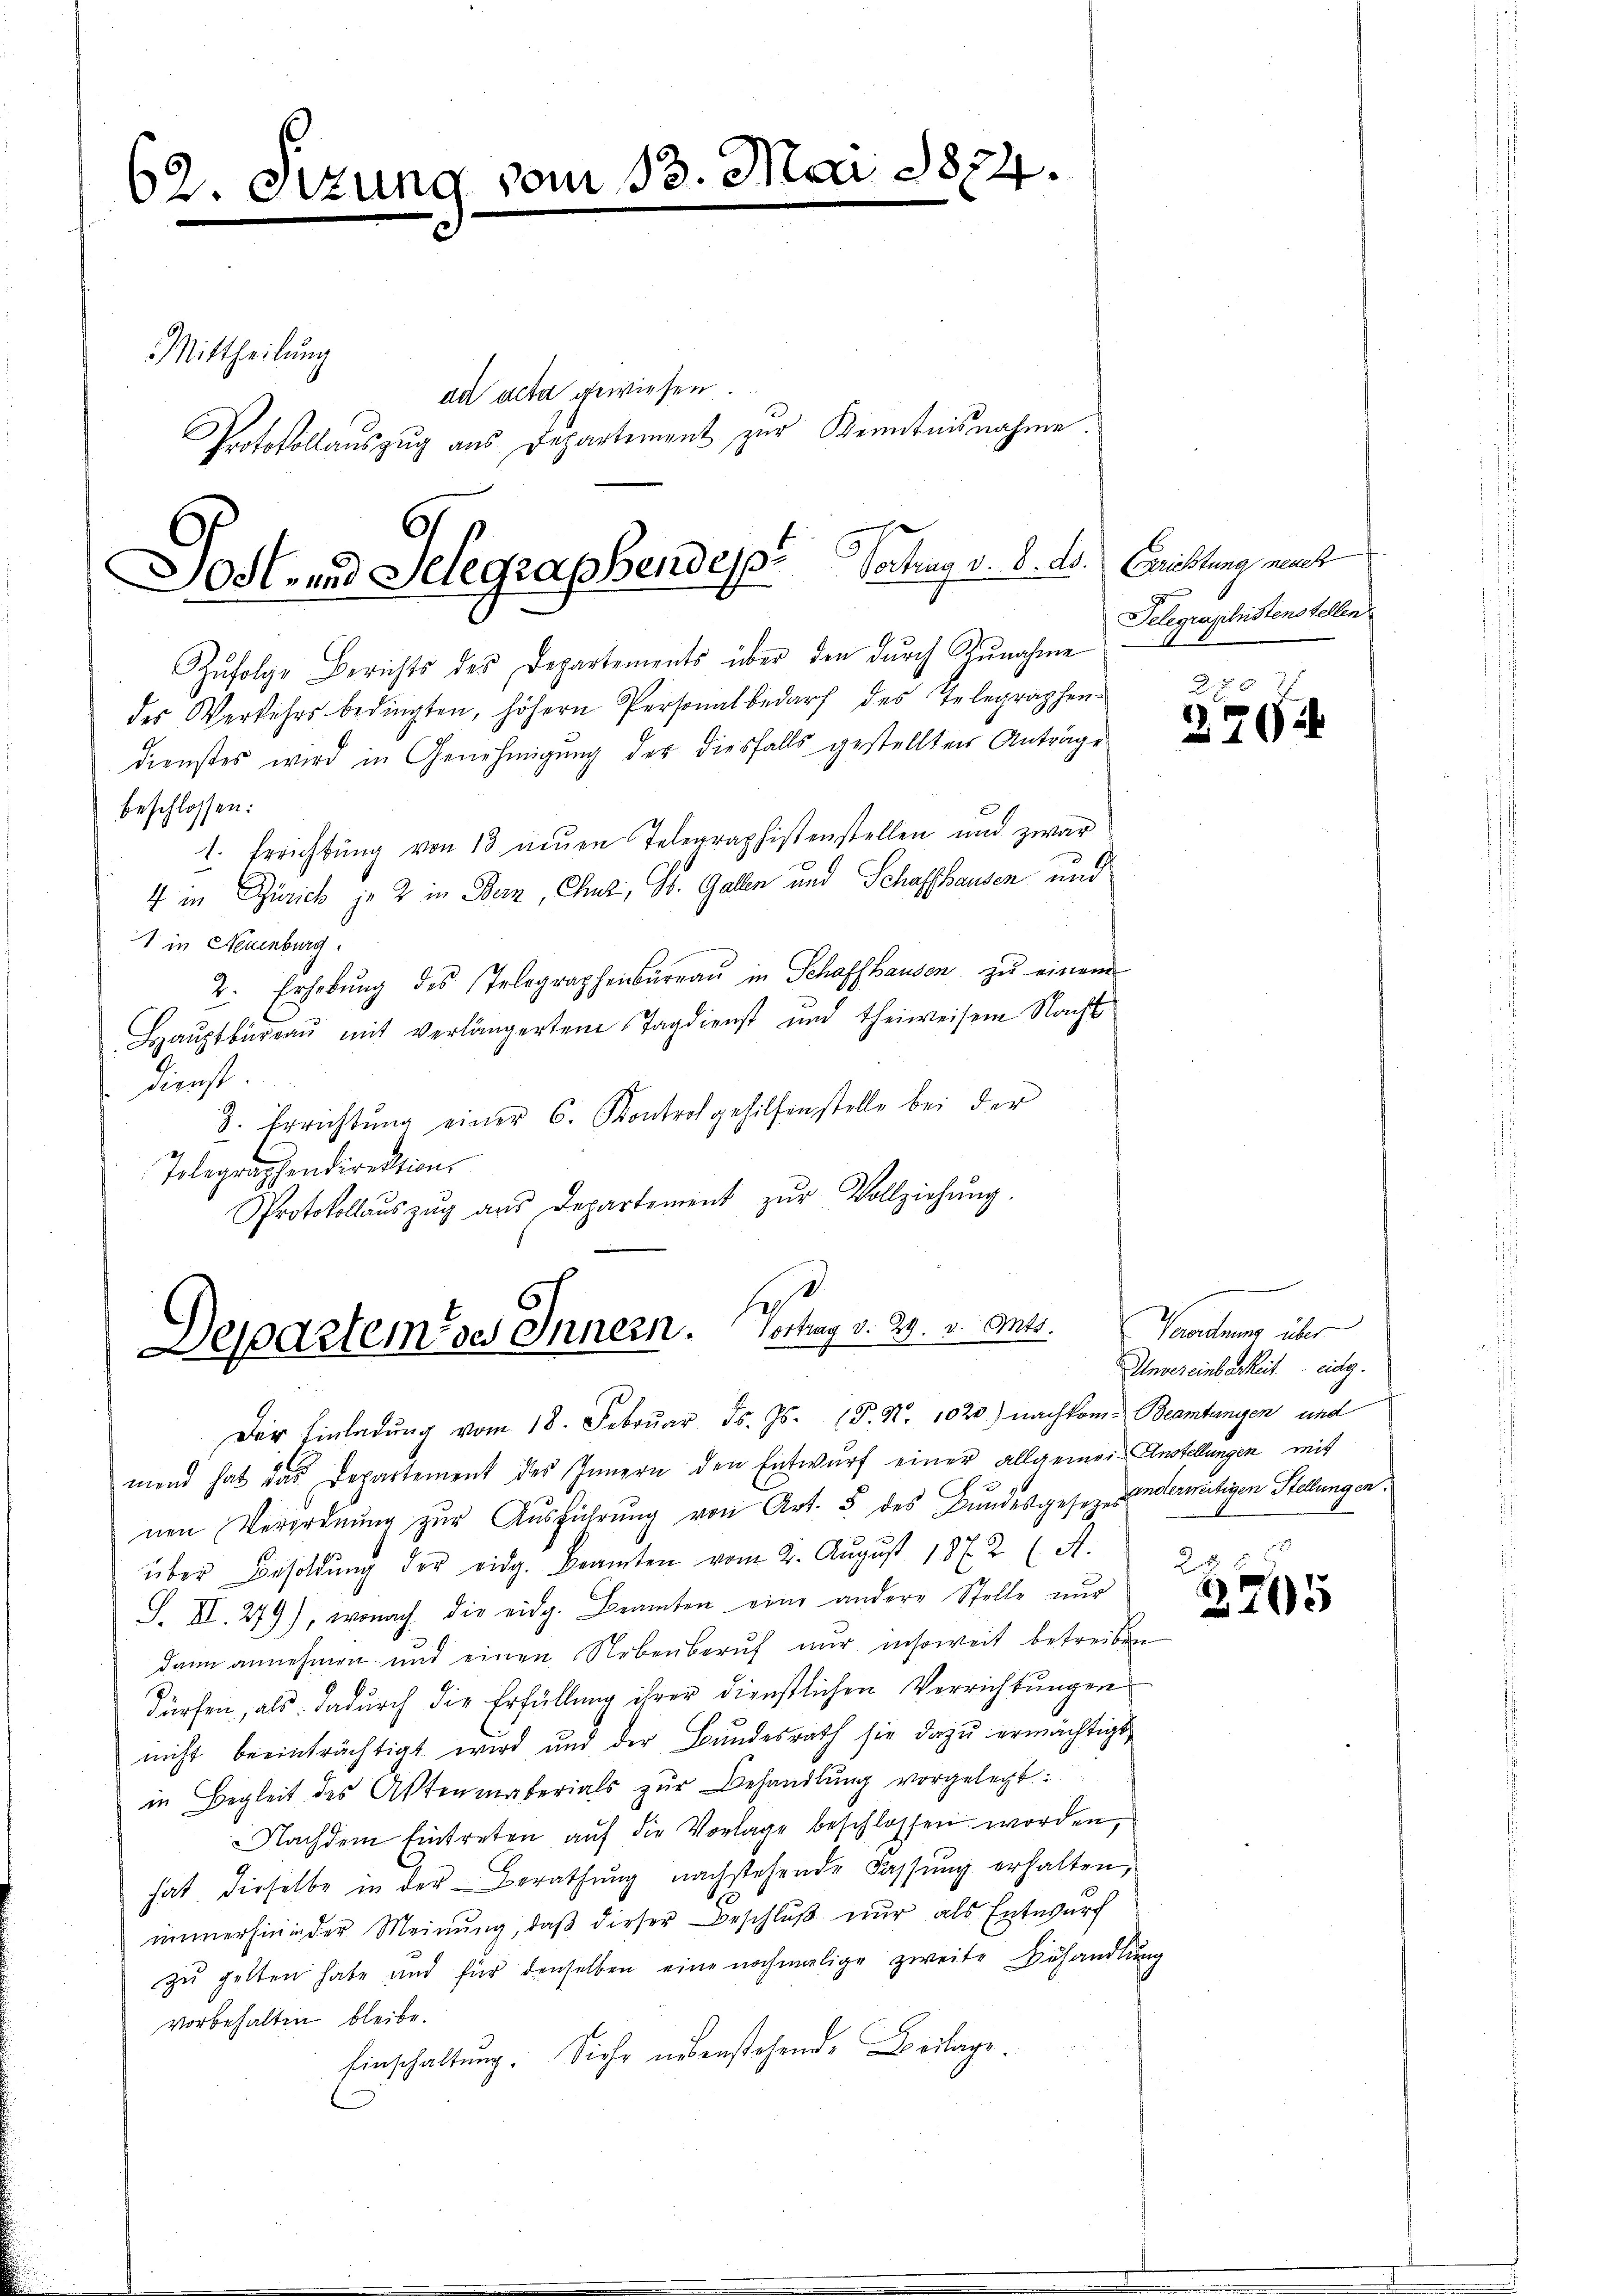
62. Setzung vom 13. Mai 1874.

Mittheilung
ad acta gewiesen.
Protokollauszug aus Departement zur Kenntnisnahme.

Dodt- und Selegraphendes Vertrag v. 8. ds. Caristung, mit

Zŭfolge Berichts des Departements über den durch Zunahme
des Verkehrsbedingten, höhern Personalbedarf des Telegraphen-
dienstes wird in Genehmigung der diesfalls gestellten Anträge
beschlossen:
1. Errichtung von 13 neuen Telegraphistenstellen und zwar
4 in Zürich je 2 in Bern, Chur, Dr. Galen und Schaffhausen und
1 in Neuenburg
2. Erhebung des Telegraphenbüreaŭ in Schaffhausen zu einem
Haŭptbüreaŭ mit verlängerten Tagdienst und Theiweisen Nacht
Dienst.
8. Errichtŭng einer 6. Kontrol gehilfenstelle bei der
Telegraphendirektion
Protokollaŭszŭg aŭs Departement zŭr Vollziehŭng.

Departem des Innern. Vertrag v. 29. v. Mts.

Der Einladŭng vom 18. Febrŭar Fs. Js. (T. N. 1020.) nachkom- Beamtungen und
mend hat das Departement des Innern den Entwŭrf einer allgemein-Anstellungen mit
nen Verordnung zur Ausführung von Art. 5 des Bundesgesetz andermeitigen Stellungen.
über Besoldŭng der eidg. Beamten vom 2. Aŭgŭst 1872 (A. " 238
S. II. 279), wonach die eidg. Beamten eine andere Stelle nur
dann annehmen und einen Nebenberuf nur insoweit betreiben
dürfen, als dadurch die Erfüllung ihrer dienstlichen Verrichtungen
nicht beeinträchtigt wird und der Bundesrath sie dazu ermächtigt,
in Begleit des Aktenmaterials zur Behandlung vorgelegt:
Nachdem Eintreten auf die Vorlage beschlossen worden,
hat dieselbe in der Berathung nachstehende Fassung erhalten,
immerhini der Meinung, daß dieser Beschluß nur als Entwurf
zu gelten habe und für denselben eine nochmalige zweite Behandlung
vorbehalten bleibe.
Einschaltung. Siehe nebenstehende Beilage.

Telegraphistenstellen

70
270

Vandnung über
Unvereinbarkeit. eidg.

2705